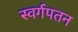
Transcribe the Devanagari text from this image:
स्वर्गपतन